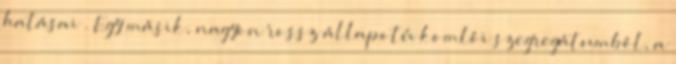
hatásai”. Egy másik, nagyon rossz állapotú komlói szegregátumból, a